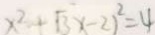
x ^ { 2 } + \sqrt { 3 } x - 2 ) ^ { 2 } = 4